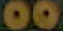
00